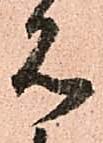
見